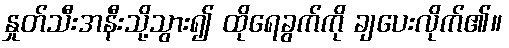
နှုတ်သီးအနီးသို့သွား၍ ထိုရေခွက်ကို ချပေးလိုက်၏။